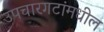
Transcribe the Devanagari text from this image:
उपचारगटांमधील